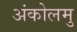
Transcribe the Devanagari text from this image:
अंकोलमु